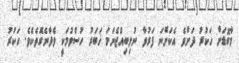
މާބޮޑަށް ހަކުރު ދަށްވެ އެކަށޭނަ ފަރުވާ ނުލިބިއްޖެނަމަ ޚަބަރު ހުސްވުމަކީ ވެދާނެގޮތެކެވެ. ހަކުރު